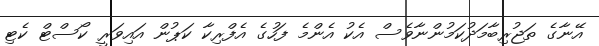
އޭނާގެ ތަޖުރިބާމަދުކަމުންނާވެސް އެކު އެންމެ ފަހުގެ އެފްރިކާ ކަޕުން އައިވަރީ ކޯސްޓް ކެޓި